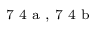
^ \textrm { \scriptsize 7 4 a , 7 4 b }